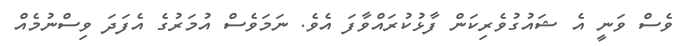
ވެސް ވަނީ އެ ޝައުގުވެރިކަން ފާޅުކުރައްވާފަ އެވެ. ނަމަވެސް އުމަރުގެ އެފަދަ ވިސްނުމެއް